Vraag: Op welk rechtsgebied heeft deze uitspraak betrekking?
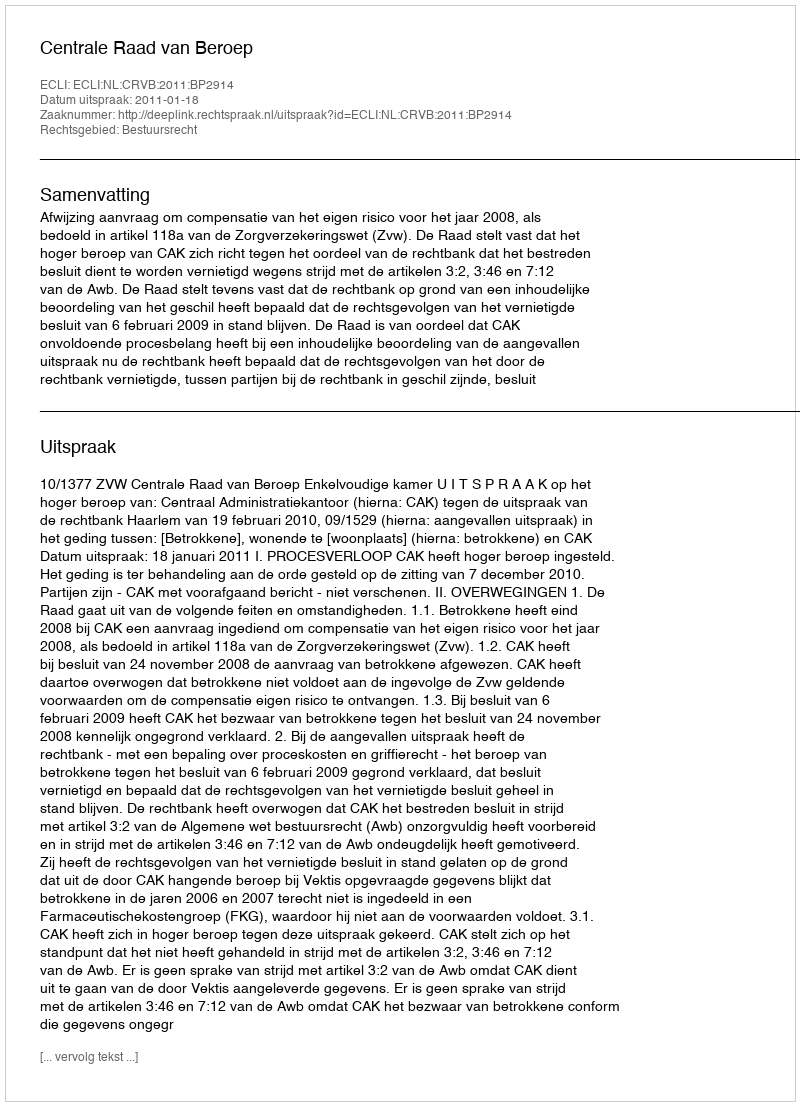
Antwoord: Bestuursrecht